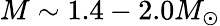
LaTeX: M\sim 1.4-2.0M_{\odot}